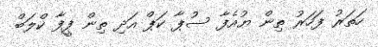
ހަތަރު ފަހަރު ތިން ޔުއެފާ ސުޕާ ކަޕް އަދި ތިން ފީފާ ކްލަބް